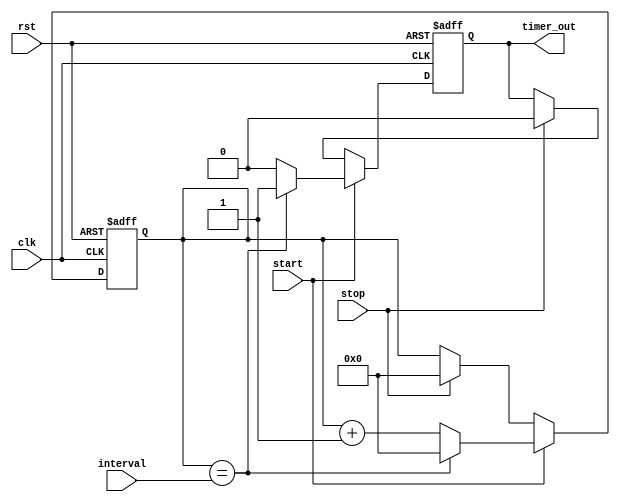
module Interval_Timer (
    input wire clk,
    input wire rst,
    input wire start,
    input wire stop,
    input wire [15:0] interval,
    output reg timer_out
);

reg [15:0] counter;

always @ (posedge clk or posedge rst) begin
    if (rst) begin
        counter <= 0;
        timer_out <= 0;
    end else if (start) begin
        if (counter == interval) begin
            counter <= 0;
            timer_out <= 1;
        end else begin
            counter <= counter + 1;
            timer_out <= 0;
        end
    end else if (stop) begin
        counter <= 0;
        timer_out <= 0;
    end
end

endmodule